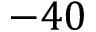
- 4 0